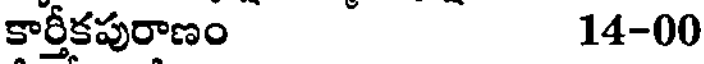
కార్తీకపురాణం 14-00